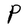
Character: P